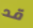
قد